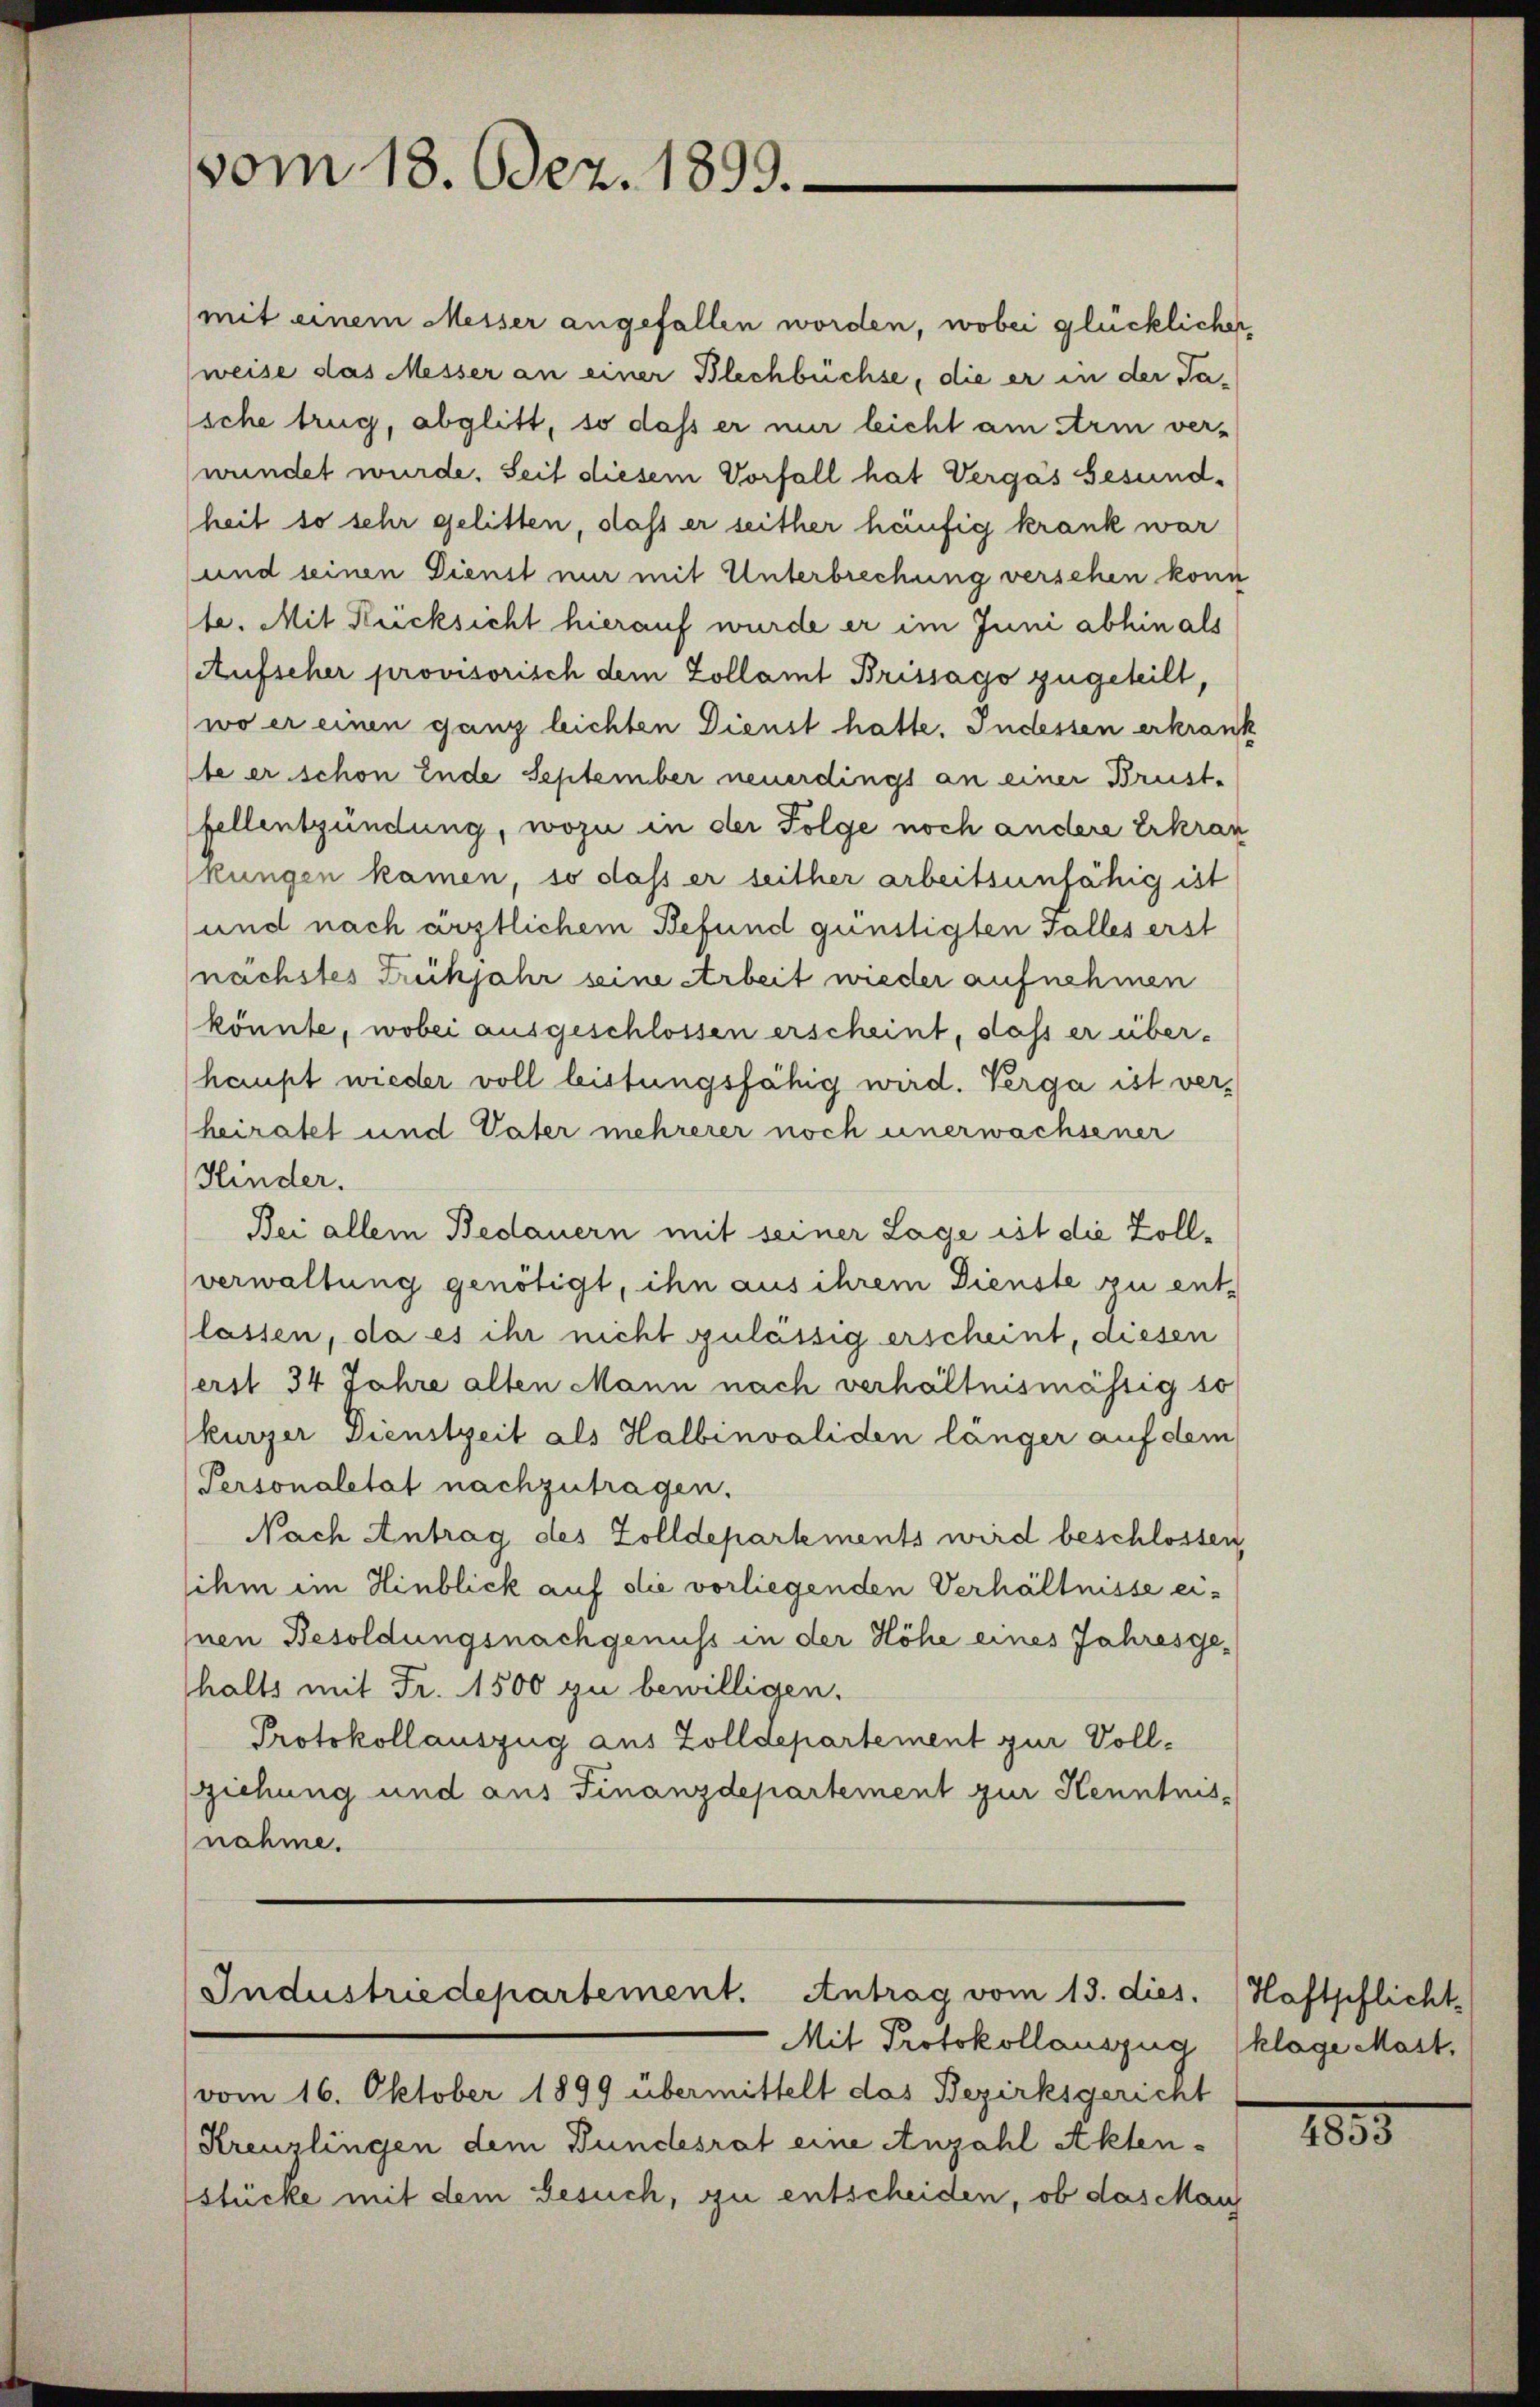
vom 18. Odez. 1899.

mit einem Messer angefallen worden, wobei glücklicher
weise das Messer an einer Blechbüchse, die er in der Ta¬
’sche trug, abglitt, so daß er mir leicht am Arm ver-
wundet wurde. Seit diesem Vorfall hat Vergas besundheit so sehr gelitten, daß er seither häufig krank war
und seinen Dienst nur mit Unterbrechung versehen konn
te. Mit Rücksicht hierauf wurde er im Juni abhin als
Aufscher provisorisch dem Zollamt Brissago zugeteilt,
wo er einen ganz leichten Dienst hatte. Indessen erkrank
te er schon Ende September neuerdings an einer Brust-
Fellentzündung, wozu in der Folge noch andere Erkran
kungen kamen, so daß er seither arbeitsunfähig ist
und nach ärztlichem Befund günstigten Falles erst
nächstes Freihjahr seine Arbeit wieder aufnehmen
könnte, wobei ausgeschlossen erscheint, dass er über-
haupt wieder voll leistungsfähig wird. Verga ist verheiratet und Vater mehrerer noch unerwachsener
Kinder.
Bei allem Bedauern mit seiner Lage ist die Zollverwaltung genötigt, ihn aus ihrem Dienste zu ent-
lassen, da es ihr nicht zulässig erscheint, diesen
erst 34 Jahre alten Mann nach verhältnismässig so
kurzer Dienstzeit als Halbinvaliden länger auf dem
Personaletät nachzutragen.
Nach Antrag des Zolldepartements wird beschlossen,
sihm im Hinblick auf die vorliegenden Verhältnisse ei¬
Inen Besoldungsnachgenuss in der Höhe eines Jahresgehalts mit Fr. 1500 zu bewilligen.
Protokollauszug aus Zolldepartement zur Vollziehung und aus Finanzdepartement zur Kenntnisnahme.

Industriedepartement. Antrag vom 13. dies

Mit Protokollauszug
vom 16. Oktober 1899 übermittelt das Bezirksgericht
Kreuzlingen dem Bundesrat eine Anzahl Aktenstücke mit dem Besuch, zu entscheiden, ob das Maus

Haftschlicht.
klage Mast.

1835.